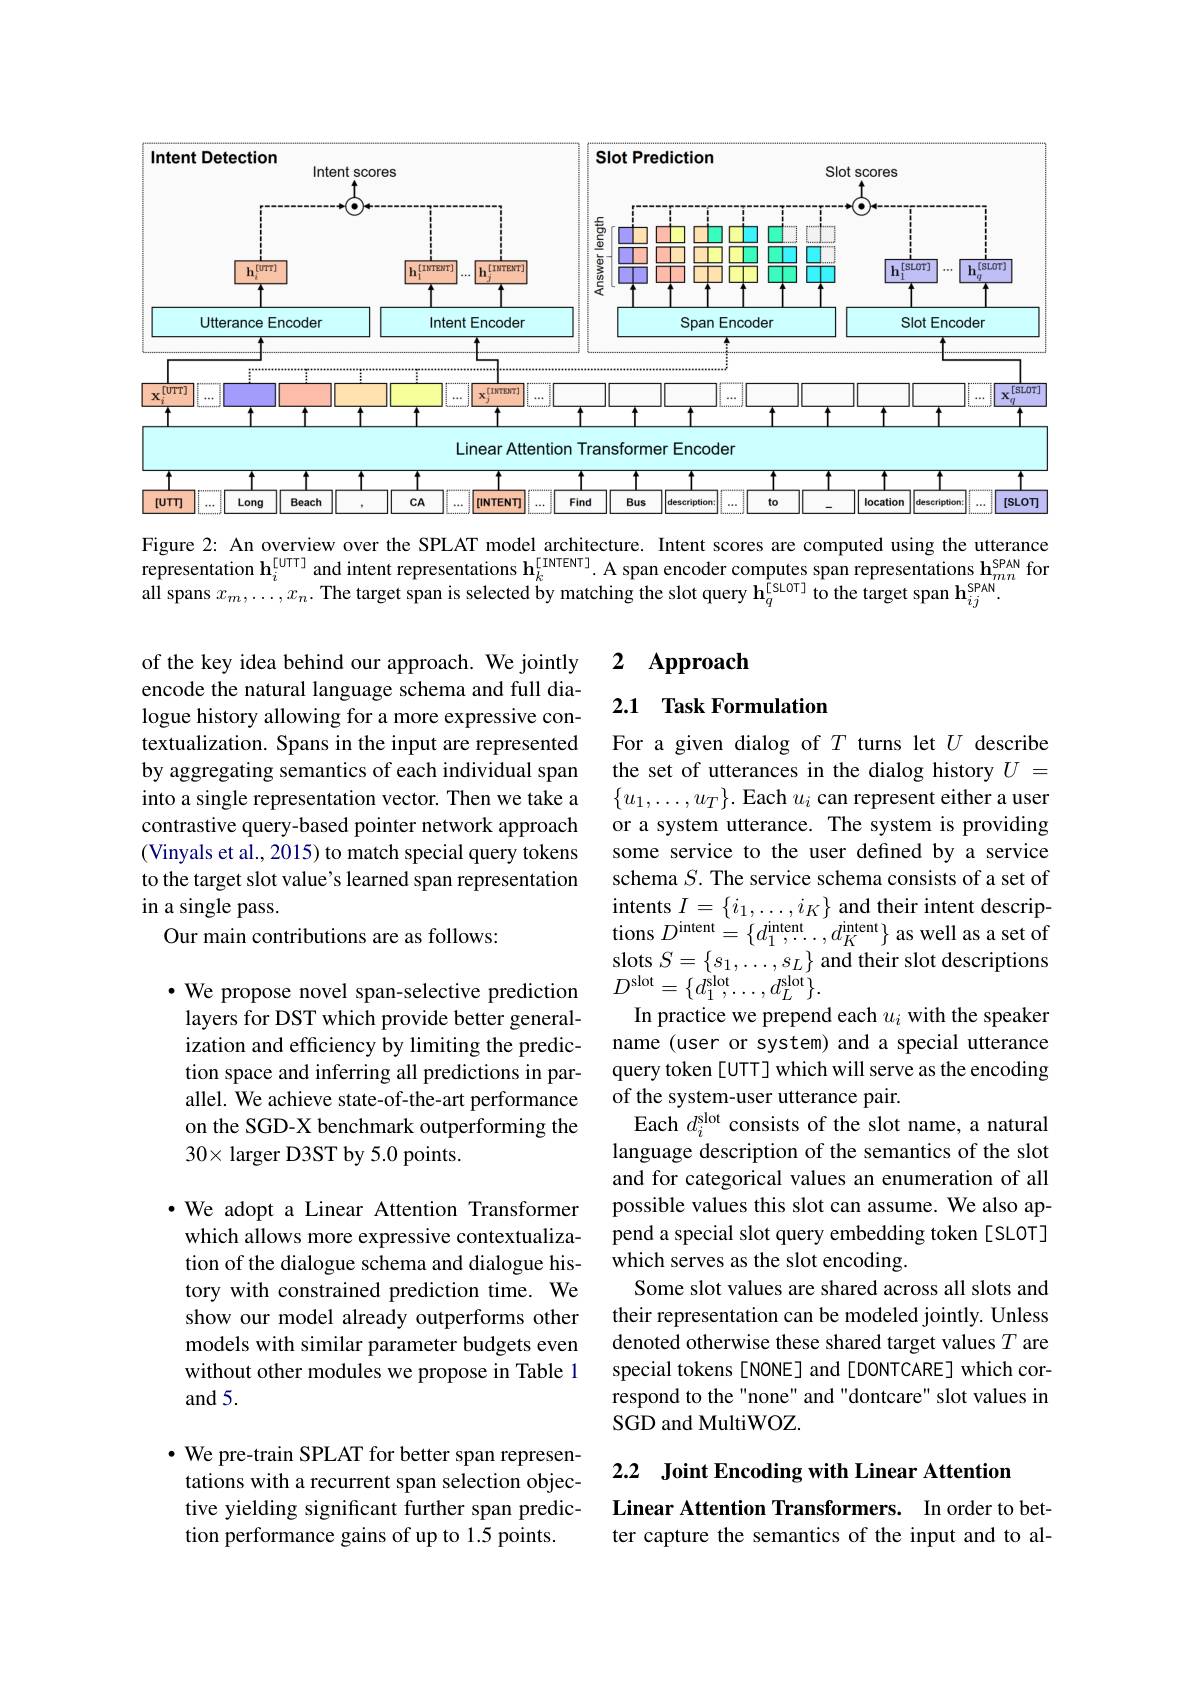
<FigureHere>
Figure 2: An overview over the SPLAT model architecture. Intent scores are computed using the utterance

representation $\mathbf{h}_i^{[\mathrm{UTT}]}$ and intent representations $\mathbf{h}_k^{[\mathrm{INTENT}]}$.A span encoder computes span representations $\mathbf{h}_{mn}^{\mathrm{SPAN}}$ for
all spans $x_m,\ldots,x_n.$ The target span is selected by matching the slot query $\mathbf{h}_q^{[\text{SLOT]}}$ to the target span $\mathbf{h}_ij^\mathrm{sPAN}$

### 2 $\mathbf{Approach}$

2.1 Task Formulation

of the key idea behind our approach. We jointly encode the natural language schema and full dialogue history allowing for a more expressive contextualization. Spans in the input are represented by aggregating semantics of each individual span into a single representation vector. Then we take a contrastive query-based pointer network approach (Vinyals et al., 2015) to match special query tokens to the target slot value's learned span representation in a single pass.
Our main contributions are as follows:

$\cdot$ We propose novel span-selective prediction layers for DST which provide better generalization and efficiency by limiting the prediction space and inferring all predictions in parallel. We achieve state-of-the-art performance on the SGD-X benchmark outperforming the $30\times$ larger D3ST by 5.0 points.

For a given dialog of $T$ turns let $U$ describe the set of utterances in the dialog history $U=$ $\{u_1,\ldots,u_T\}.$ Each $u_i$ can represent either a user or a system utterance. The system is providing some service to the user defined by a service schema $S.$ The service schema consists of a set of intents $I=\{i_1,\ldots,i_K\}$ and their intent descriptions $D^\mathrm{intent}=\{d_{1}^\mathrm{intent},\ldots,d_{K}^\mathrm{intent}\}$ as well as a set of $\begin{array}{l}\mathrm{slots~}S=\{s_1,\ldots,s_L\}\text{ and their slot descriptions}\\D^{\mathrm{slot}}=\{d_1^{\mathrm{slot}},\ldots,d_L^{\mathrm{slot}}\}.\end{array}$
In practice we prepend each $u_i$ with the speaker name (user or system) and a special utterance query token [UTT] which will serve as the encoding of the system-user utterance pair.
Each $d_i^\mathrm{slot}$ consists of the slot name, a natural language description of the semantics of the slot and for categorical values an enumeration of all possible values this slot can assume. We also append a special slot query embedding token [SLOT] which serves as the slot encoding.
Some slot values are shared across all slots and their representation can be modeled jointly. Unless denoted otherwise these shared target values $T$ are special tokens[NONE] and [DONTCARE] which correspond to the "none" and "dontcare" slot values in SGD and MultiWOZ.

$\cdot$ We adopt a Linear Attention Transformer which allows more expressive contextualization of the dialogue schema and dialogue history with constrained prediction time. We show our model already outperforms other models with similar parameter budgets even without other modules we propose in Table 1 and 5.

$\cdot$ We pre-train SPLAT for better span representations with a recurrent span selection objective yielding significant further span prediction performance gains of up to 1.5 points.

2.2 Joint Encoding with Linear Attention
Linear Attention Transformers. In order to better capture the semantics of the input and to al-